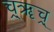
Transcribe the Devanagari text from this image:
च्र्ॠच्र्